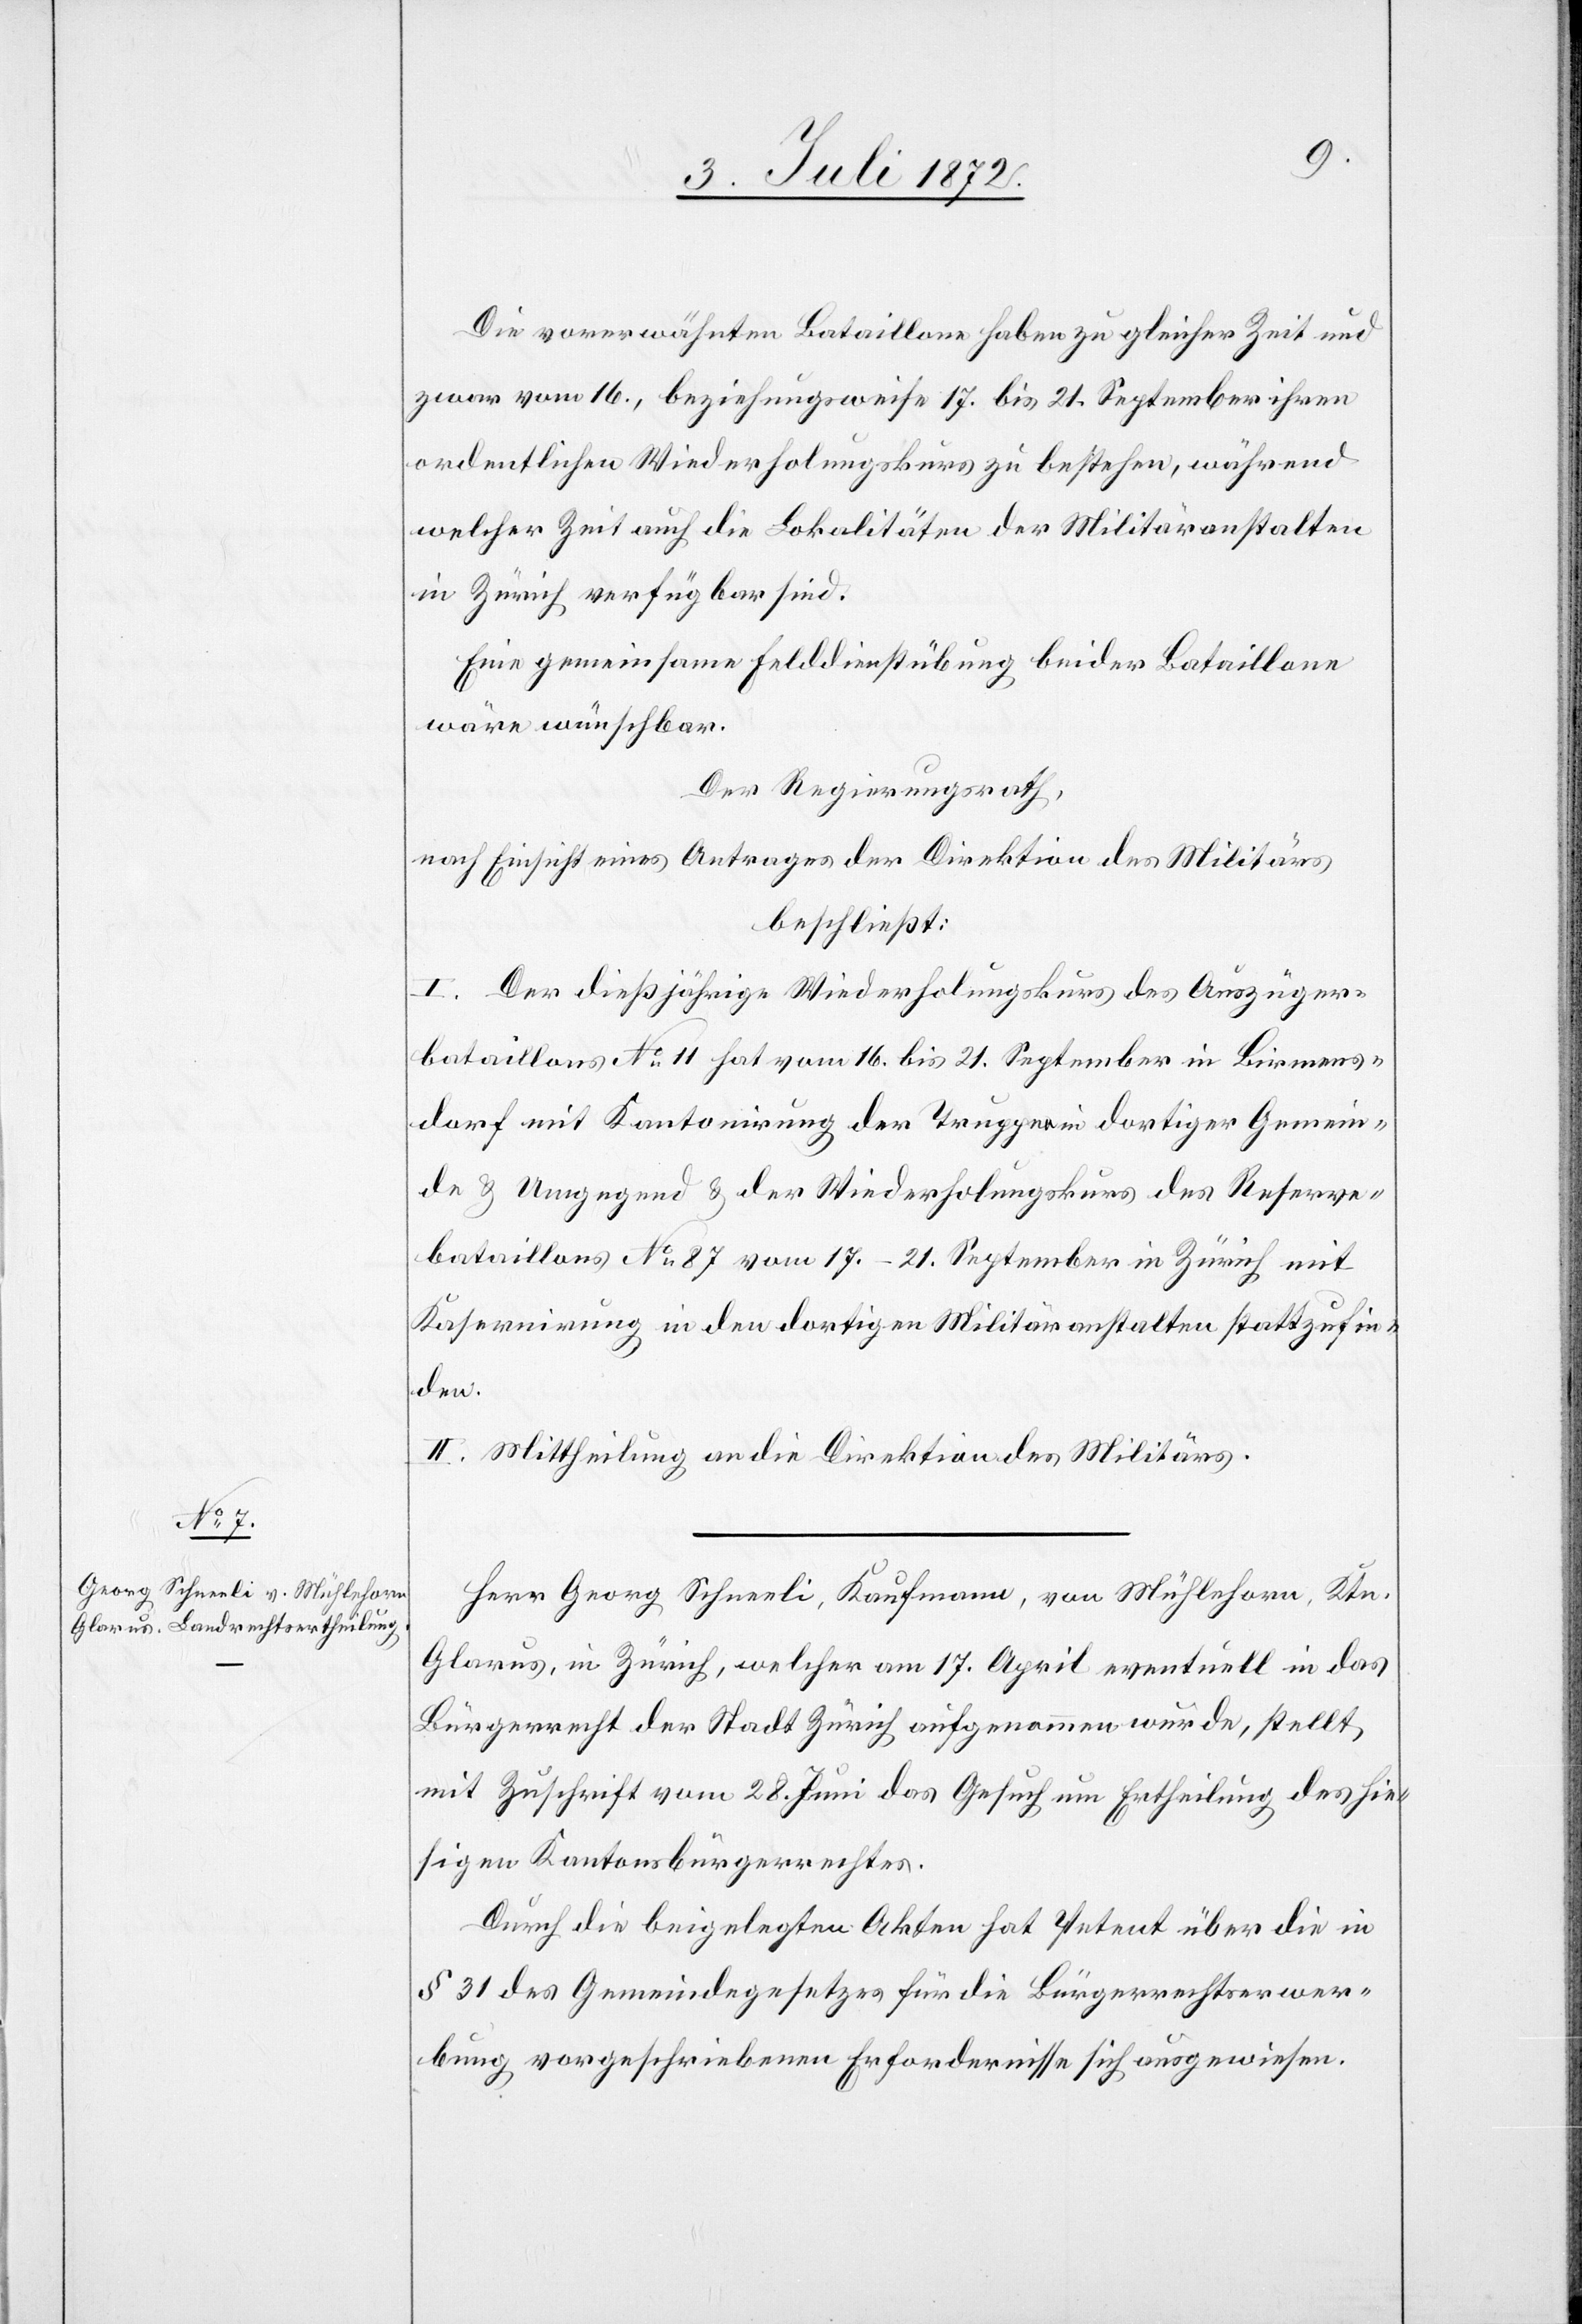
Die vorerwähnten Bataillone haben zu gleicher Zeit und
zwar vom 16., beziehungsweise 17. bis 21. September ihren
ordentlichen Wiederholungskurse zu bestehen, während
welcher Zeit auch die Lokalitäten der Militäranstalten
in Zürich verfügbar sind.
Eine gemeinsame Felddienstübung beider Bataillone
wäre wünschbar.
Der Regierungsrath,
nach Einsicht eines Antrages der Direktion des Militärs,
beschließt:
I. Der dießjährige Wiederholungskurs des Auszüger¬
bataillons No 11 hat vom 16. bis 21. September in Birmens¬
dorf mit Kantonirung der Truppen in dortiger Gemein¬
de u. Umgegend u. der Wiederholungskurs des Reserve¬
bataillons No 87 vom 17.–21. September in Zürich mit
Kasernirung in den dortigen Militäranstalten stattzufin¬
den.
II. Mittheilung an die Direktion des Militärs.
Herr Georg Schneeli, Kaufmann, von Mühlhorn, Ktn.
Glarus, in Zürich, welcher am 17. April eventuell in das
Bürgerrecht der Stadt Zürich aufgenommen wurde, stellt
mit Zuschrift vom 28. Juni das Gesuch um Ertheilung des hie¬
sigen Kantonsbürgerrechtes.
Durch die beigelegten Akten hat Petent über die in
§ 31 des Gemeindegesetzes für die Bürgerrechtserwer¬
bung vorgeschriebenen Erfordernisse sich ausgewiesen.